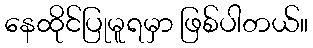
နေထိုင်ပြုမူရမှာ ဖြစ်ပါတယ်။